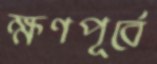
ক্ষণপূর্বে